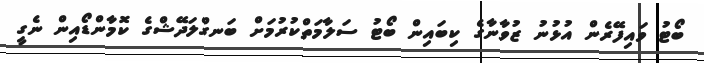
ބޯޓު ވައިފޭރެން އުޅުނު ޒުވާނާގެ ކިބައިން ބޯޓު ސަލާމަތްކުރުމަށް ބަނގްލަދޭޝްގެ ކޮމާންޑޯއިން ނެގީ